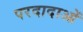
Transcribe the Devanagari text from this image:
परदादाओं